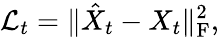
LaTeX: \mathcal{L}_{t}=\Vert\hat{X}_{t}-X_{t}\Vert_{\mathrm{F}}^{2},